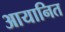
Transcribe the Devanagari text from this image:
आयानित